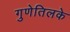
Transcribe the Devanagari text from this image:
गुणेतिलके